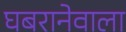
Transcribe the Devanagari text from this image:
घबरानेवाला